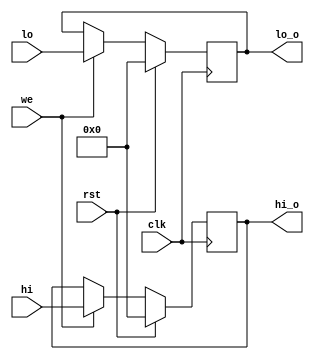
`timescale 1ns / 1ps
//////////////////////////////////////////////////////////////////////////////////
// Company: 
// Engineer: 
// 
// Design Name: 
// Module Name: hilo_reg
// Project Name: 
// Target Devices: 
// Tool Versions: 
// Description: 
// 
// Dependencies: 
// 
// Revision:
// Revision 0.01 - File Created
// Additional Comments:
// 
//////////////////////////////////////////////////////////////////////////////////


module hilo_reg(
    input wire clk,rst,we,
    input wire[31:0] hi,lo,
    output reg[31:0] hi_o,lo_o
);
    always@(negedge clk)begin
        if(rst)
            begin
                hi_o<=0;
                lo_o<=0;
            end
        else if(we)
            begin
                hi_o<=hi;
                lo_o<=lo;
            end
        end
endmodule